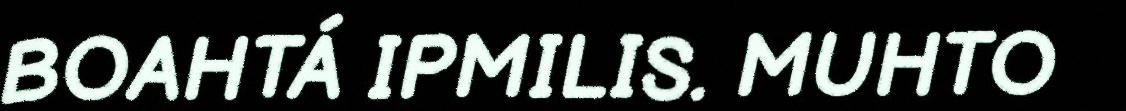
BOAHTÁ IPMILIS. MUHTO